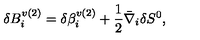
\delta B _ { i } ^ { v ( 2 ) } = \delta \beta _ { i } ^ { v ( 2 ) } + \frac { 1 } { 2 } \bar { \nabla } _ { i } \delta S ^ { 0 } ,